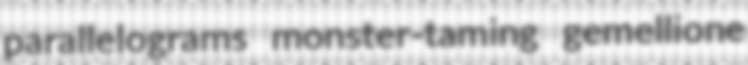
parallelograms monster-taming gemellione